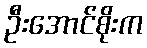
ဦးအောင်စိုးက